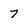
Character: 7